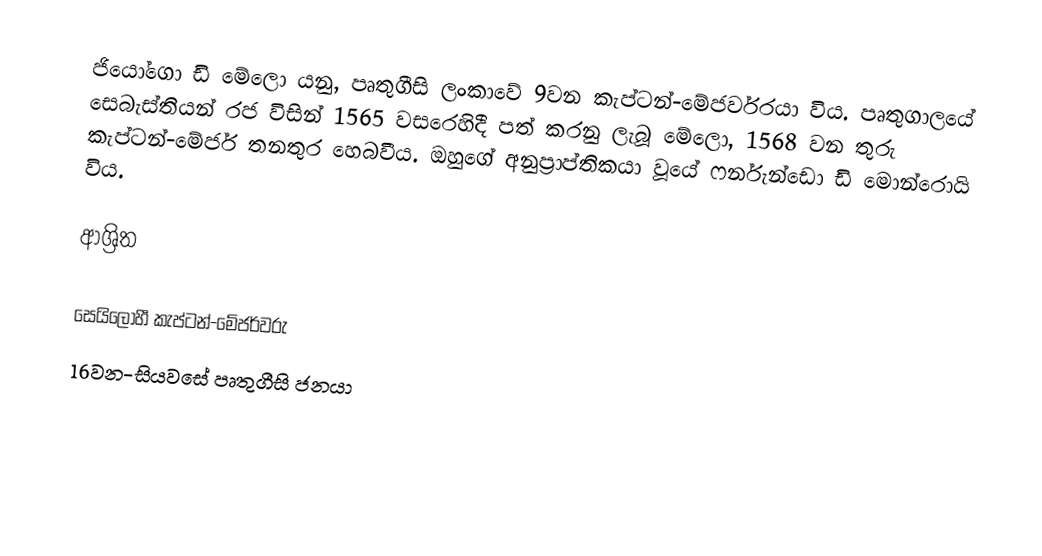
ජියෝගො ඩි මේලො යනු, පෘතුගීසි ලංකාවේ 9වන  කැප්ටන්-මේජර්වරයා විය. පෘතුගාලයේ සෙබැස්තියන් රජ විසින් 1565 වසරෙහිදී පත් කරනු ලැබූ මේලො, 1568  වන තුරු කැප්ටන්-මේජර් තනතුර හෙබවීය. ඔහුගේ අනුප්‍රාප්තිකයා වූයේ ෆර්නැන්ඩො ඩි මොන්රොයි විය.

ආශ්‍රිත

 සෙයිලෝහී කැප්ටන්-මේජර්වරු
16වන-සියවසේ පෘතුගීසි ජනයා